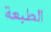
الطبعة